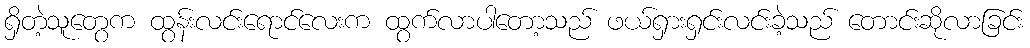
ရှိတဲ့သူတွေက ထွန်းလင်းရောင်လေးက ထွက်လာပါတော့သည် ဖယ်ရှားရှင်းလင်းခဲ့သည် တောင်းဆိုလာခြင်း